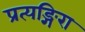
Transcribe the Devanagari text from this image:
प्रत्यङ्गिरा